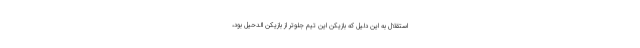
استقلال به این دلیل که بازیکن این تیم جلوتر از بازیکن الدحیل بود،